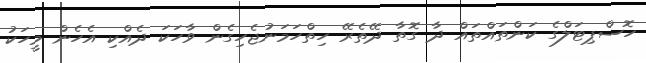
ހޮސްޕިޓަލްގެ ކަންތައްތައް ދާ ގޮތާ ދޭތެރޭ ހިތްހަމަނުޖެހިގެން ވާހަކަ ދެއްކި އެހެން މީހަކު